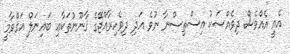
އެއީ އެއްވެސް ދިވެއްސަކު އިސްތިސްނާ ނުވެ އަދި ދިވެހިރާއްޖޭގެ ޤާނޫނުތަކާޢި ބައިނަލް އަޤްވާމީ